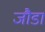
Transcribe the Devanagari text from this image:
जौडा